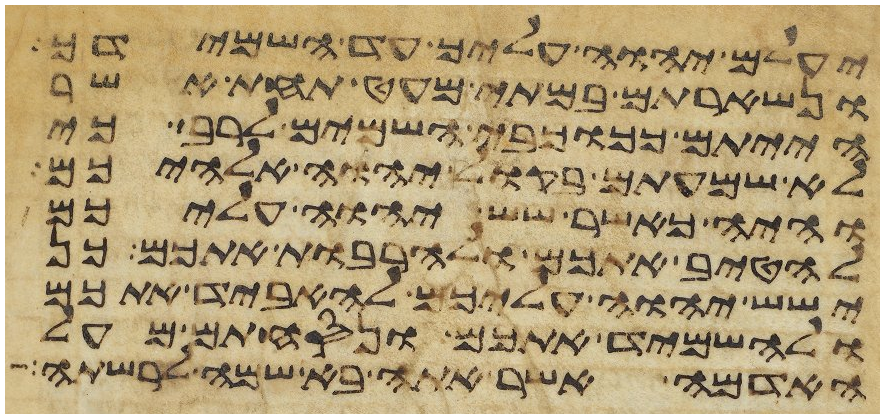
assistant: יעלם יהוה עליך עד השמידך
ונשארתם במתי מעט תחת אשר
הייתם ככוכבי השמים לרב כי
לא שמעתם בקול יהוה אלהיכם
והיה כאשר שש יהוה עליכם
להטיב אתכם ולהרבות אתכם כן
ישש יהוה עליכם להאביד אתכם
ולהשמיד אתכם ונסחתם מעל
האדמה אשר אתה בא שמה לרשתה